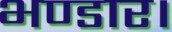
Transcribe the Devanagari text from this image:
भण्डार।